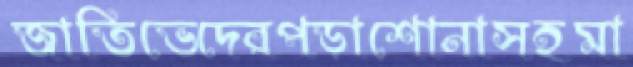
জাতিভেদেরপড়াশোনাসহমা